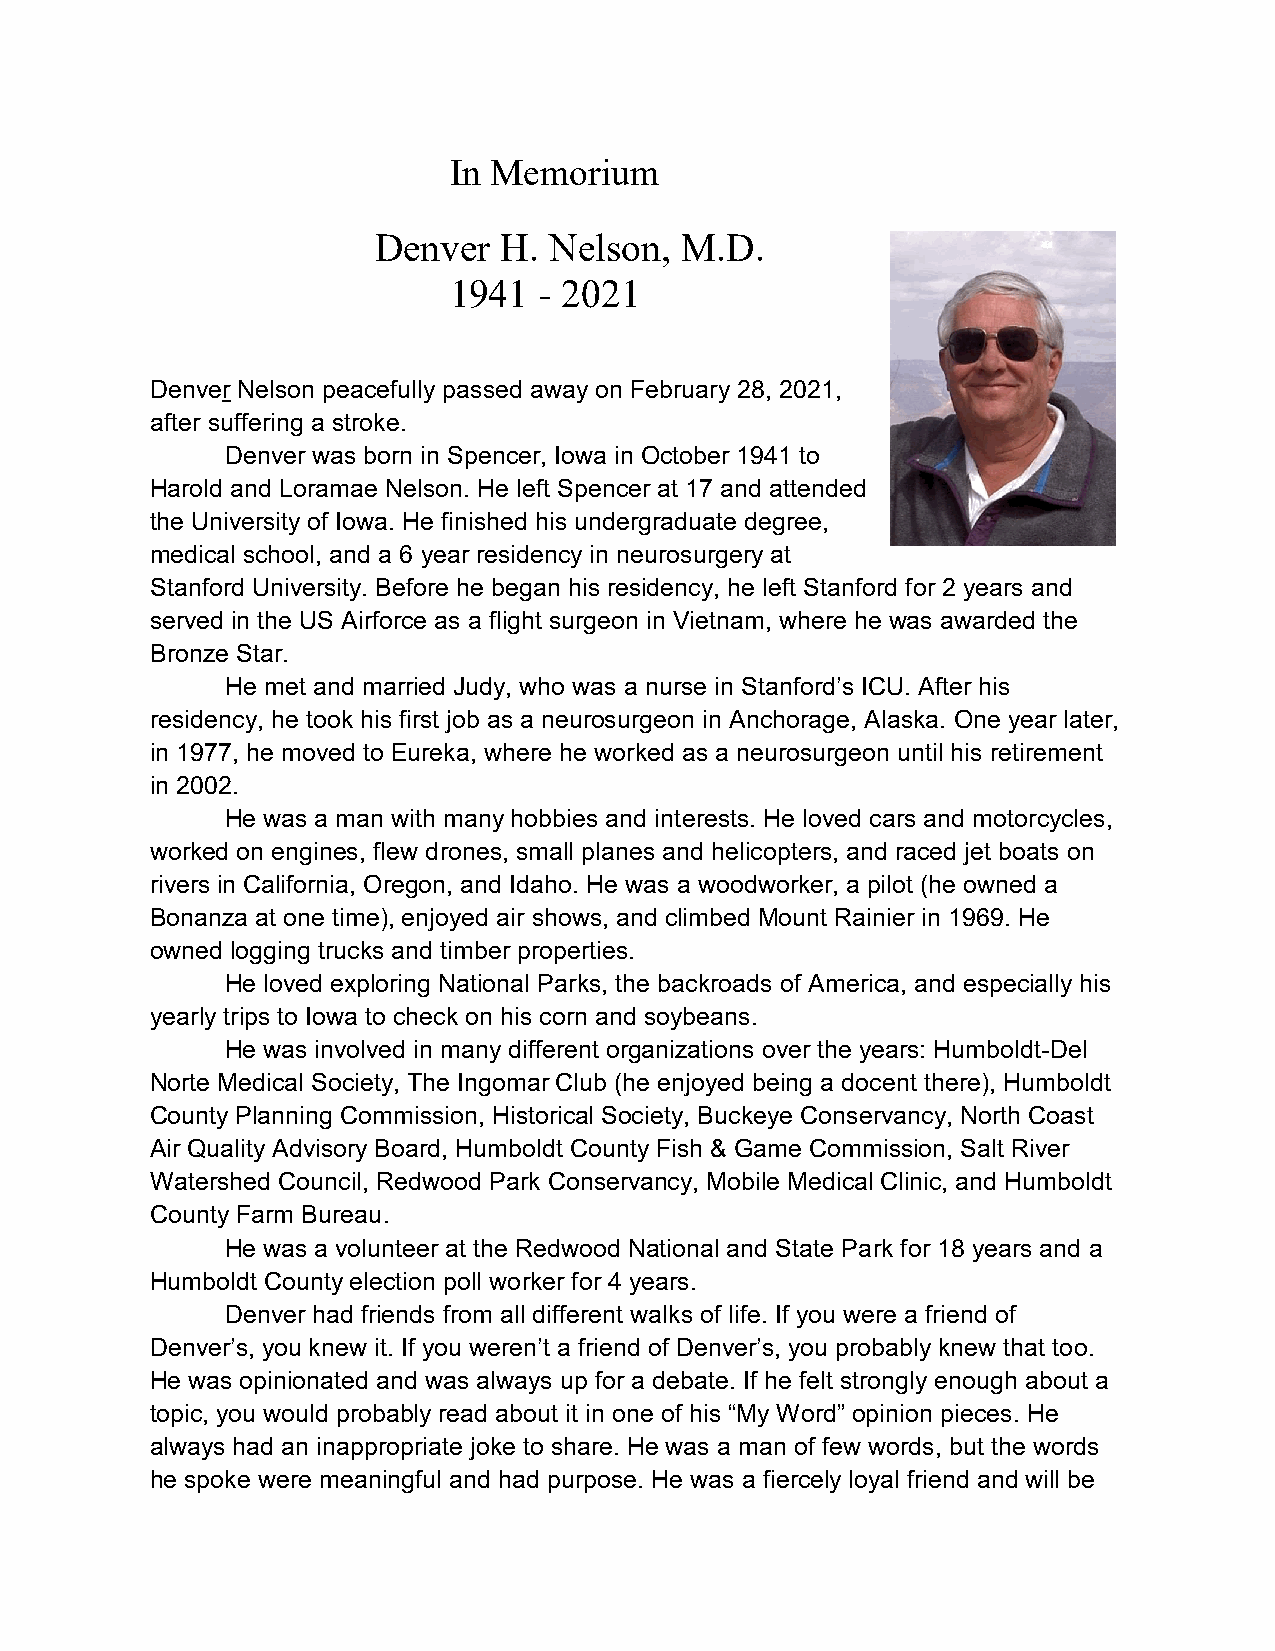
In Memorium
 Denver  H. Nelson,  M.D.
 1941  - 2021
 Denver Nelson peacefully passed away on February 28, 2021,
 after suffering a stroke.
 Denver was born in Spencer, Iowa in October 1941 to
 Harold and Loramae Nelson. He left Spencer at 17 and attended
 the University of Iowa. He finished his undergraduate degree,
 medical school, and a 6 year residency in neurosurgery at
 Stanford University. Before he began his residency, he left Stanford for 2 years and
 served in the US Airforce as a flight surgeon in Vietnam, where he was awarded the
 Bronze Star.
 He met and married Judy, who was a nurse in Stanford’s ICU. After his
 residency, he took his first job as a neurosurgeon in Anchorage, Alaska. One year later,
 in 1977, he moved to Eureka, where he worked as a neurosurgeon until his retirement
 in 2002.
 He was a man with many hobbies and interests. He loved cars and motorcycles,
 worked on engines, flew drones, small planes and helicopters, and raced jet boats on
 rivers in California, Oregon, and Idaho. He was a woodworker, a pilot (he owned a
 Bonanza at one time), enjoyed air shows, and climbed Mount Rainier in 1969. He
 owned logging trucks and timber properties.
 He loved exploring National Parks, the backroads of America, and especially his
 yearly trips to Iowa to check on his corn and soybeans.
 He was involved in many different organizations over the years: Humboldt-Del
 Norte Medical Society, The Ingomar Club (he enjoyed being a docent there), Humboldt
 County Planning Commission, Historical Society, Buckeye Conservancy, North Coast
 Air Quality Advisory Board, Humboldt County Fish & Game Commission, Salt River
 Watershed Council, Redwood Park Conservancy, Mobile Medical Clinic, and Humboldt
 County Farm Bureau.
 He was a volunteer at the Redwood National and State Park for 18 years and a
 Humboldt County election poll worker for 4 years.
 Denver had friends from all different walks of life. If you were a friend of
 Denver’s, you knew it. If you weren’t a friend of Denver’s, you probably knew that too.
 He was opinionated and was always up for a debate. If he felt strongly enough about a
 topic, you would probably read about it in one of his “My Word” opinion pieces. He
 always had an inappropriate joke to share. He was a man of few words, but the words
 he spoke were meaningful and had purpose. He was a fiercely loyal friend and will be